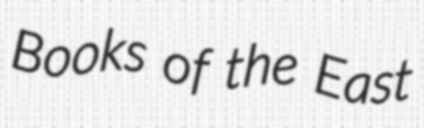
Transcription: Books of the East